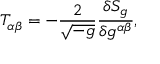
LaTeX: T _ { \alpha \beta } = - { \frac { 2 } { \sqrt { - g } } } { \frac { \delta S _ { g } } { \delta g ^ { \alpha \beta } } } ,